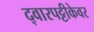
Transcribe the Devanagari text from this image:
द्वारपट्टीकेवर